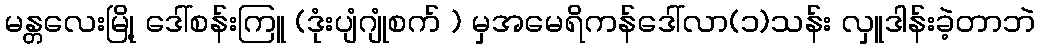
မန္တလေးမြို့ ဒေါ်စန်းကြူ (ဒုံးပျံဂျုံစက် ) မှအမေရိကန်ဒေါ်လာ(၁)သန်း လှူဒါန်းခဲ့တာဘဲ